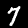
Digit: 7